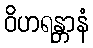
ဝိဟရန္တာနံ